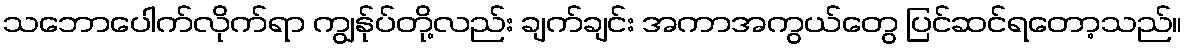
သဘောပေါက်လိုက်ရာ ကျွန်ုပ်တို့လည်း ချက်ချင်း အကာအကွယ်တွေ ပြင်ဆင်ရတော့သည်။